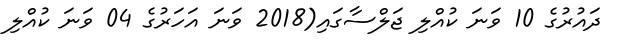
ދައުރުގެ 10 ވަނަ ކުއްލި ޖަލްސާގައި(2018 ވަނަ އަހަރުގެ 04 ވަނަ ކުއްލި